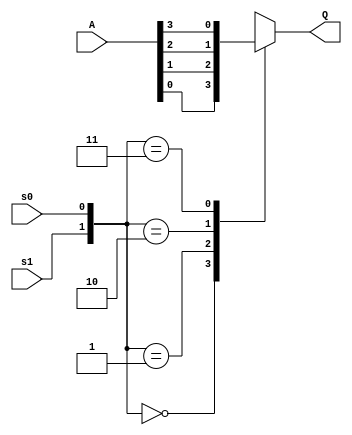
`timescale 1ns / 1ps


module mux4to1(A,s0,s1,Q);

input s0, s1;
input [3:0] A;
output reg Q;

always @(A, s0, s1)
	case ({s1,s0})
		2'b00: Q = A[0];
		2'b01: Q = A[1];
		2'b10: Q = A[2];
		2'b11: Q = A[3];
	endcase

endmodule